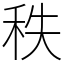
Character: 秩